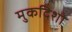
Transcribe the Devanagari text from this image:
मुकदिशो